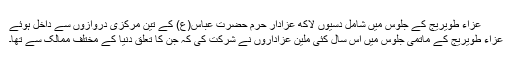
عزاءِ طويريج کے جلوس میں شامل دسیوں لاکھ عزادار حرم حضرت عباس(ع) کے تین مرکزی دروازوں سے داخل ہوئے
عزاءِ طويريج کے ماتمی جلوس میں اس سال کئی ملین عزاداروں نے شرکت کی کہ جن کا تعلق دنیا کے مختلف ممالک سے تھا۔